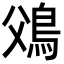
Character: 𩾿